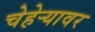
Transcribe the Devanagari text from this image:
चेहेऱ्यावर